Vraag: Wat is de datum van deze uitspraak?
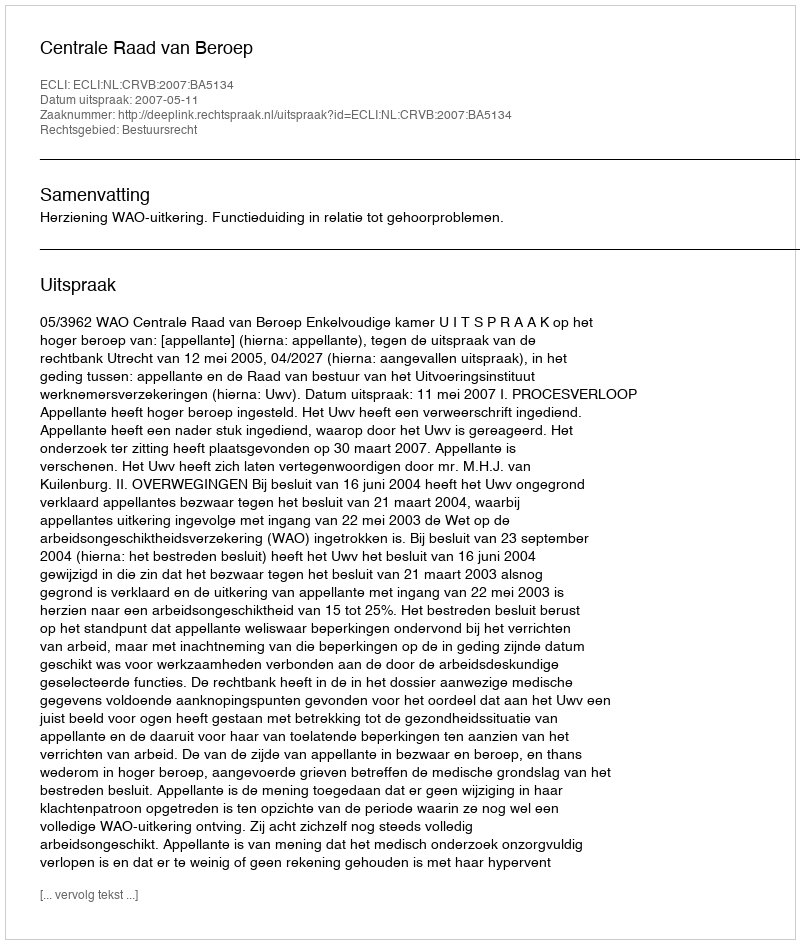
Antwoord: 2007-05-11